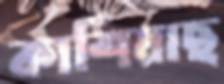
কাশিয়াছ